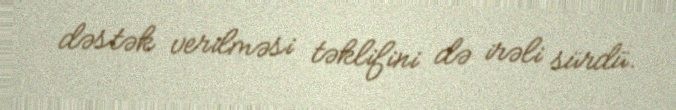
dəstək verilməsi təklifini də irəli sürdü.